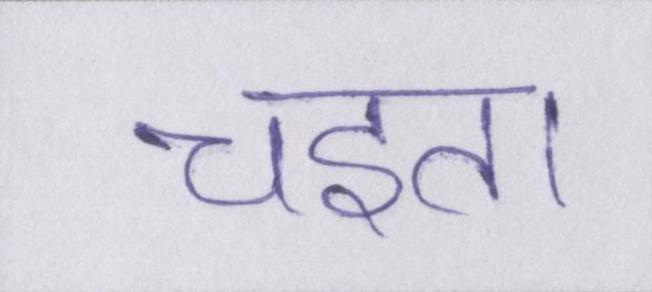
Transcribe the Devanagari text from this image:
चइता